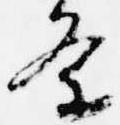
条